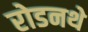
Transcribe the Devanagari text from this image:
रोडनथे